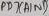
Text: PB7